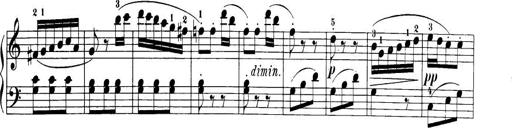
Title: 32 Sonatinas and Rondos for the Piano
Composer: Richard Kleinmichel